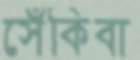
সেঁকিবা